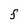
Character: F